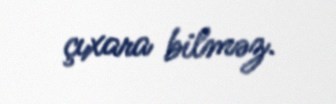
çıxara bilməz.